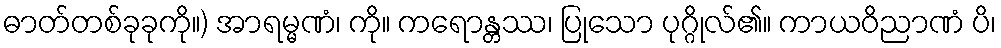
ဓာတ်တစ်ခုခုကို။) အာရမ္မဏံ၊ ကို။ ကရောန္တဿ၊ ပြုသော ပုဂ္ဂိုလ်၏။ ကာယဝိညာဏံ ပိ၊